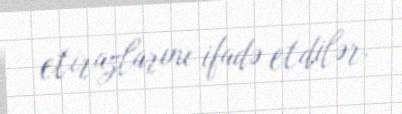
etirazlarını ifadə etdilər.